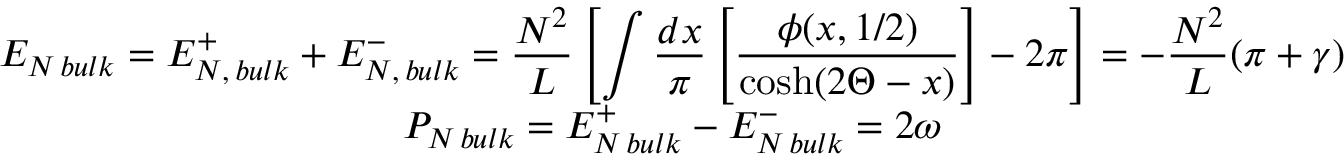
\begin{array} { c } { { E _ { N \, b u l k } = E _ { N , \, b u l k } ^ { + } + E _ { N , \, b u l k } ^ { - } = \displaystyle \frac { N ^ { 2 } } { L } \left[ \displaystyle \int \displaystyle \frac { d x } { \pi } \left[ \displaystyle \frac { \phi ( x , 1 / 2 ) } { \cosh ( 2 \Theta - x ) } \right] - 2 \pi \right] = - \displaystyle \frac { N ^ { 2 } } { L } ( \pi + \gamma ) } } \\ { { P _ { N \, b u l k } = E _ { N \, b u l k } ^ { + } - E _ { N \, b u l k } ^ { - } = 2 \omega } } \end{array}